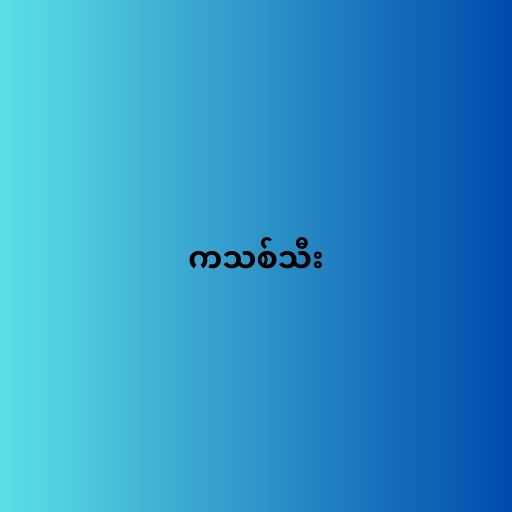
ကသစ်သီး